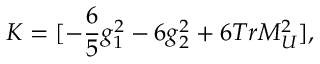
K = [ - \frac { 6 } { 5 } g _ { 1 } ^ { 2 } - 6 g _ { 2 } ^ { 2 } + 6 T r M _ { U } ^ { 2 } ] ,